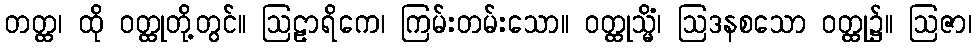
တတ္ထ၊ ထို ဝတ္ထုတို့တွင်။ ဩဠာရိကေ၊ ကြမ်းတမ်းသော။ ဝတ္ထုသ္မိံ၊ ဩဒနစသော ဝတ္ထု၌။ ဩဇာ၊